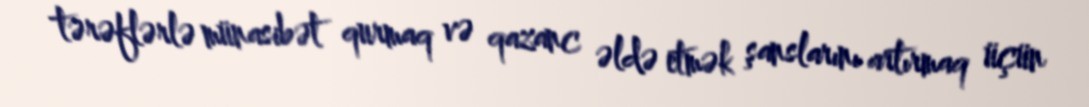
tərəflərlə münasibət qurmaq və qazanc əldə etmək şanslarını artırmaq üçün